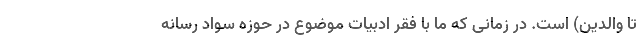
تا والدین) است. در زمانی که ما با فقر ادبیات موضوع در حوزه سواد رسانه